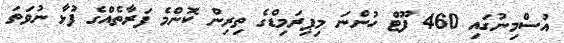
އުސްމިނުގައި 460 ފޫޓް ހުންނަ މިޕިރަމިޑްގެ ތިރިން ކޮންމެ ފަރާތެއްގެ ފުޅާ ނުވަތަ